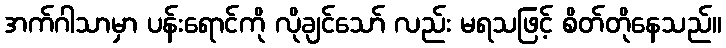
အက်ဂါသာမှာ ပန်းရောင်ကို လိုချင်သော် လည်း မရသဖြင့် စိတ်တိုနေသည်။